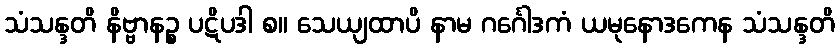
သံသန္ဒတိ နိဗ္ဗာနဉ္စ ပဋိပဒါ စ။ သေယျထာပိ နာမ ဂင်္ဂေါဒကံ ယမုနောဒကေန သံသန္ဒတိ